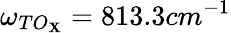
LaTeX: \omega_{TO_{\mathbf{X}}}=813.3cm^{-1}